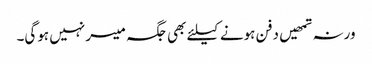
ورنہ تمھیں دفن ہونے کیلئے بھی جگہ میسر نہیں ہوگی۔